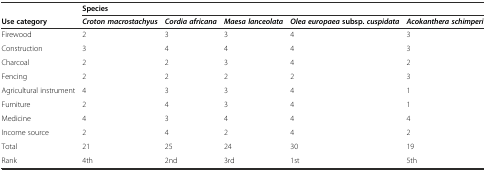
<table><thead><tr><td>[EMPTY_CELL]</td><td colspan="5"><b>Species</b></td></tr><tr><td><b>Use category</b></td><td><b><i>Croton macrostachyus</i></b></td><td><b><i>Cordia africana</i></b></td><td><b><i>Maesa lanceolata</i></b></td><td><b><i>Olea europaea</i>subsp.<i>cuspidata</i></b></td><td><b><i>Acokanthera schimperi</i></b></td></tr></thead><tbody><tr><td>Firewood</td><td>2</td><td>3</td><td>3</td><td>4</td><td>3</td></tr><tr><td>Construction</td><td>3</td><td>4</td><td>4</td><td>4</td><td>3</td></tr><tr><td>Charcoal</td><td>2</td><td>2</td><td>3</td><td>4</td><td>2</td></tr><tr><td>Fencing</td><td>2</td><td>2</td><td>2</td><td>2</td><td>3</td></tr><tr><td>Agricultural instrument</td><td>4</td><td>3</td><td>3</td><td>4</td><td>1</td></tr><tr><td>Furniture</td><td>2</td><td>4</td><td>3</td><td>4</td><td>1</td></tr><tr><td>Medicine</td><td>4</td><td>3</td><td>4</td><td>4</td><td>4</td></tr><tr><td>Income source</td><td>2</td><td>4</td><td>2</td><td>4</td><td>2</td></tr><tr><td>Total</td><td>21</td><td>25</td><td>24</td><td>30</td><td>19</td></tr><tr><td>Rank</td><td>4th</td><td>2nd</td><td>3rd</td><td>1st</td><td>5th</td></tr></tbody></table>